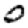
Digit: 0